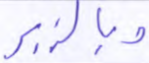
وبالزبر